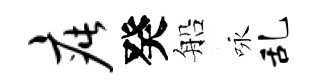
疵癸船咏乱